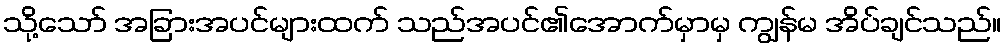
သို့သော် အခြားအပင်များထက် သည်အပင်၏အောက်မှာမှ ကျွန်မ အိပ်ချင်သည်။